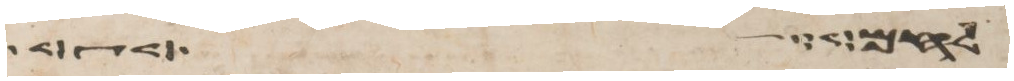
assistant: לחם לשבע